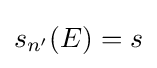
s_{n'}(E)=s